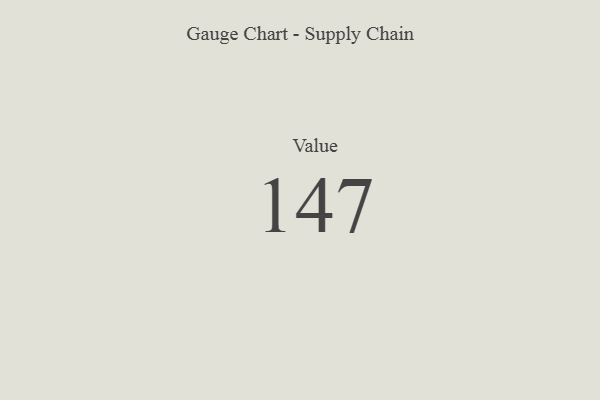
{"axis": {"x": "Metric", "y": "Value"}, "legend": [""], "data": [{"x": "Value", "y": 147, "type": ""}]}